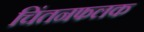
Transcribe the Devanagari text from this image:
चिंतनफलक